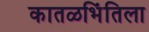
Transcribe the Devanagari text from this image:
कातळभिंतिला